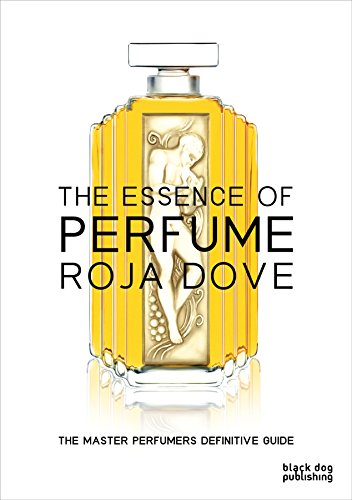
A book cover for The Essence of Perfume; Roja Dove; Engineering & Transportation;